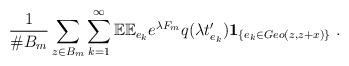
LaTeX: \begin{align*}\frac{1}{\#B_m} \sum_{z \in B_m} \sum_{k=1}^\infty \mathbb{E}\mathbb{E}_{e_k} e^{\lambda F_m} q(\lambda t_{e_k}') \mathbf{1}_{\{e_k \in Geo(z,z+x)\}}\ .\end{align*}